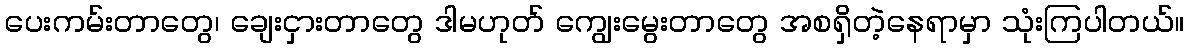
ပေးကမ်းတာတွေ၊ ချေးငှားတာတွေ ဒါမဟုတ် ကျွေးမွေးတာတွေ အစရှိတဲ့နေရာမှာ သုံးကြပါတယ်။